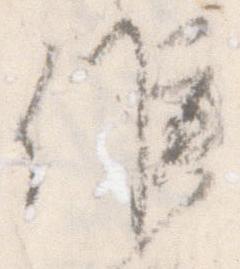
候